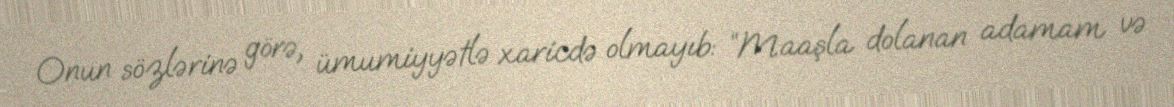
Onun sözlərinə görə, ümumiyyətlə xaricdə olmayıb: “Maaşla dolanan adamam və